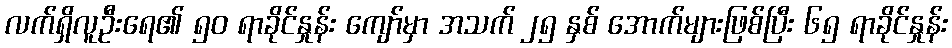
လက်ရှိလူဦးရေ၏ ၅၀ ရာခိုင်နှုန်း ကျော်မှာ အသက် ၂၅ နှစ် အောက်များဖြစ်ပြီး ၆၅ ရာခိုင်နှုန်း